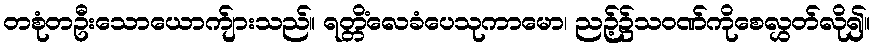
တစုံတဦးသောယောက်ျားသည်။ ရတ္တိံလေခံပေသုကာမော၊ ညဉ့်၌သဝဏ်ကိုစေလွှတ်လို၍။